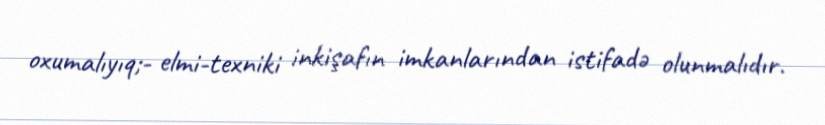
oxumalıyıq;- elmi-texniki inkişafın imkanlarından istifadə olunmalıdır.